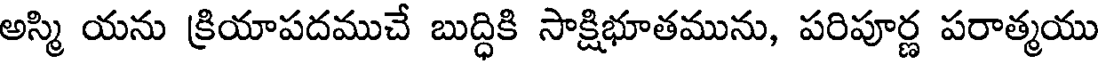
అస్మి యను క్రియాపదముచే బుద్ధికి సాక్షిభూతమును, పరిపూర్ణ పరాత్మయు